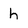
Character: h